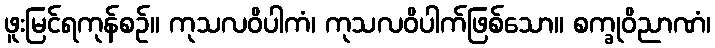
ဖူးမြင်ရကုန်စဉ်။ ကုသလဝိပါကံ၊ ကုသလဝိပါက်ဖြစ်သော။ စက္ခုဝိညာဏံ၊